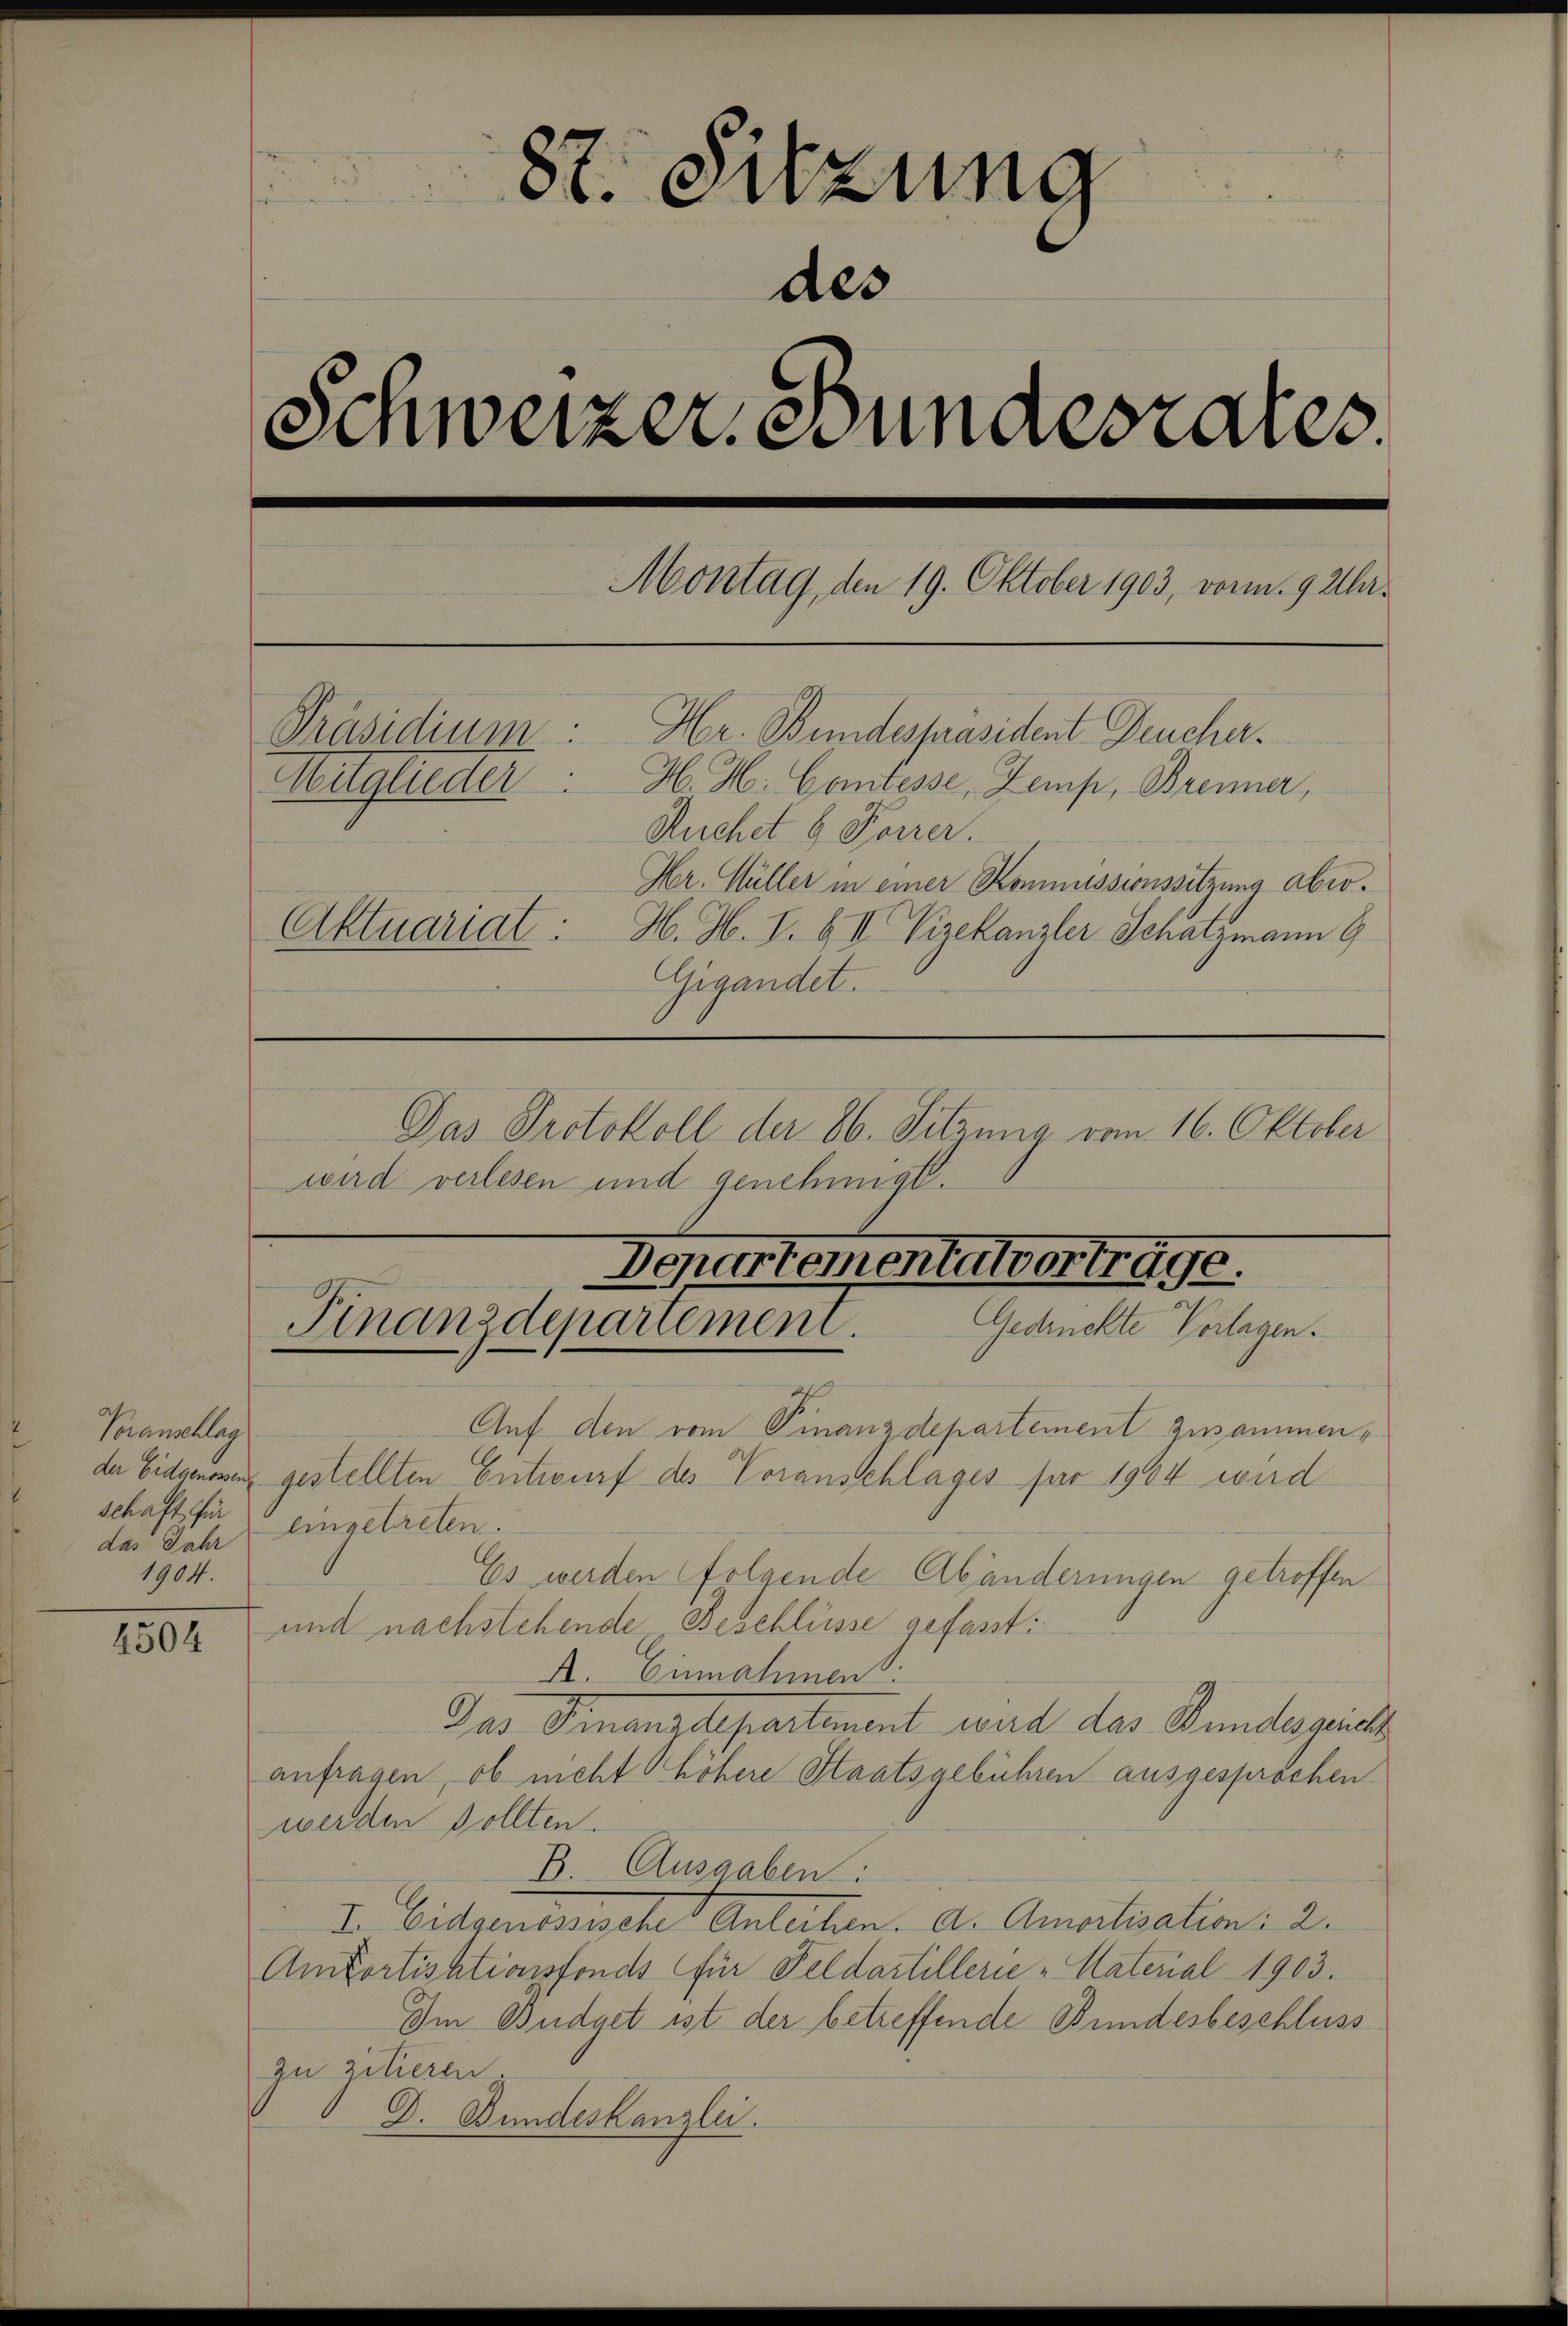
Voranschlag
schaft für
das Jahr
1904.

1504

8t. Sitzung
des
Schweizer, Bundesrates.
Montag, den 19. Oktober 1903, vor. 9 Uhr¬
Hr. Bundespräsident Deucher.
Präsidium
Witglieder: H. H. Cantesse, Zemp, Brenner,
Ruchet & Forrer.
Kr. Müller in einer Kommissionssitzung aber¬
Aktuariat: H. H. I. & II Vizekanzler Schatzmann 9
Gigandet.

Das Protokoll der 26. Sitzung vom 16. Oktober
wird verlesen und genehmigt.

7
Auf den vom Finanzdepartement Zusammende Eidgenore gestellten Entwurf des Voransschlages für 1904 wird
eingetreten.
Es werden folgende Abänderungen getroffen
und nachstehende Beschlüsse gefasst:
A. Einnahmen:
Das Finanzdepartement wird das Bundeszeich
anfragen, ob nicht höhere Staatsgebühren ausgesprochen
werden sollten.
B Ausgaben.
I. Eidgenössische Anteilen. A. Amortisation: 2.
Amtortisationsfonds für Feldartillerie „Naterial 1903.
Im Büdget ist der betreffende Bundesbeschluss
zu zitieren.
D. Bundeskanzlei.

Departementalvorträge.
Finanzdepartement.
Gedrückte Vorlagen.